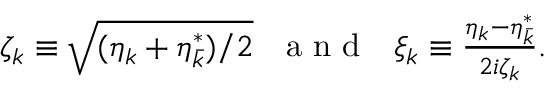
\begin{array} { r } { \zeta _ { k } \equiv \sqrt { ( \eta _ { k } + \eta _ { \bar { k } } ^ { * } ) / 2 } \ \ \mathrm { ~ a ~ n ~ d ~ } \ \ \xi _ { k } \equiv \frac { \eta _ { k } - \eta _ { \bar { k } } ^ { * } } { 2 i \zeta _ { k } } . } \end{array}